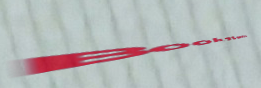
Bookstore